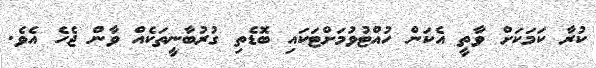
ކުރާ ކަމަކަށް ވާތީ އެކަން ހުއްޓުވުމަށްޓަކައި ބޮޑެތި ގުރުބާނީތަކެއް ވާން ޖެހެ އެވެ.